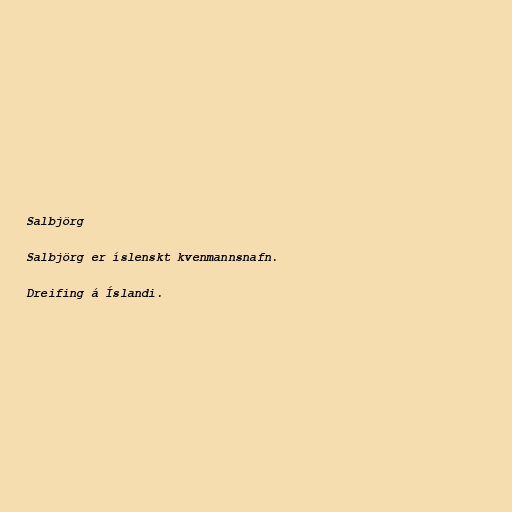
Salbjörg

Salbjörg er íslenskt kvenmannsnafn.

Dreifing á Íslandi.